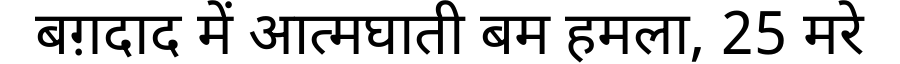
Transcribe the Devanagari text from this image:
बग़दाद में आत्मघाती बम हमला, 25 मरे